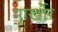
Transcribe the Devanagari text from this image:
मार्खोर